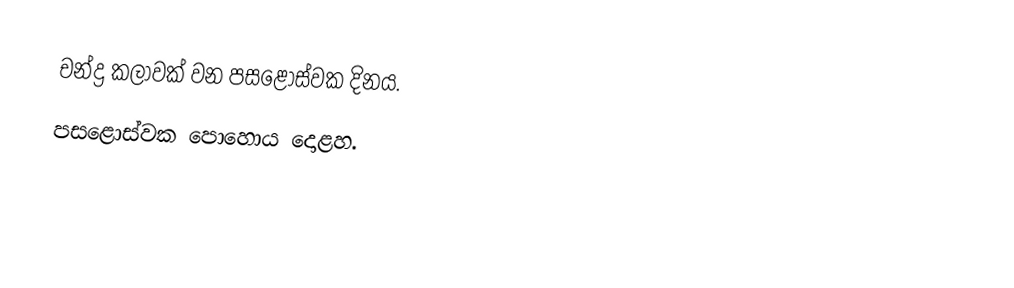
චන්ද්‍ර කලාවක් වන පසළොස්වක දිනය.
 පසළොස්වක පොහොය දොළහ.